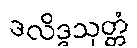
ဒလိဒ္ဒသုတ္တံ